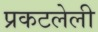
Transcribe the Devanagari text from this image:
प्रकटलेली